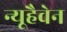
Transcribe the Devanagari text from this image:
न्यूहैवेन